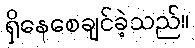
ရှိနေစေချင်ခဲ့သည်။